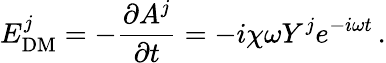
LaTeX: E_{\mathrm{DM}}^{j}=-\frac{\partial A^{j}}{\partial t}=-i\chi\omega Y^{j}e^{-i\omega t}\, .